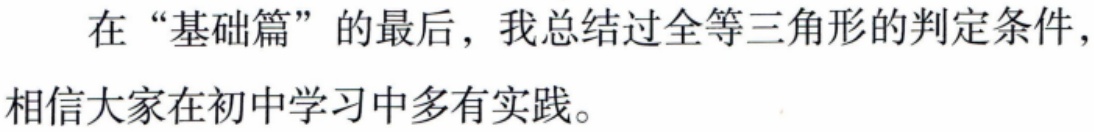
在“基础篇”的最后，我总结过全等三角形的判定条件，相信大家在初中学习中多有实践。